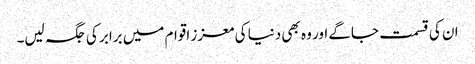
ان کی قسمت جاگے اور وہ بھی دنیا کی معزز اقوام میں برابر کی جگہ لیں۔